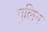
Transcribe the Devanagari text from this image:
गुलिन